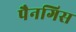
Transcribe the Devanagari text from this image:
पैनगिस